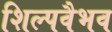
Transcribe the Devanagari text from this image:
शिल्पवैभव